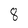
Character: 8